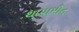
થાયામીન